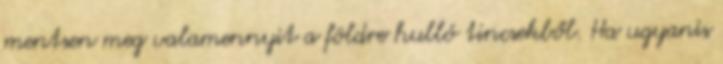
mentsen meg valamennyit a földre hulló tincsekből. Ha ugyanis